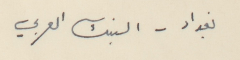
بغداد - البنك العربي